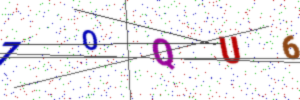
Text: 7OQU6